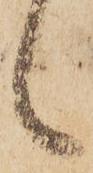
候